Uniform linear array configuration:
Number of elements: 32
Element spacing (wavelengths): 0.25
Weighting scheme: uniform
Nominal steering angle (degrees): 15
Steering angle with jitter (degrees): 13.27
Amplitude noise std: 0.05
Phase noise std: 0.05

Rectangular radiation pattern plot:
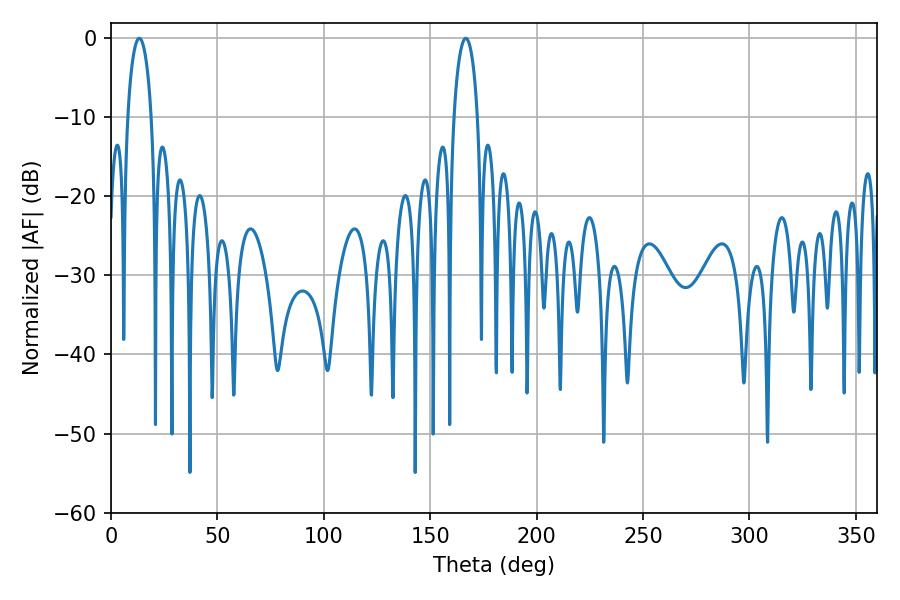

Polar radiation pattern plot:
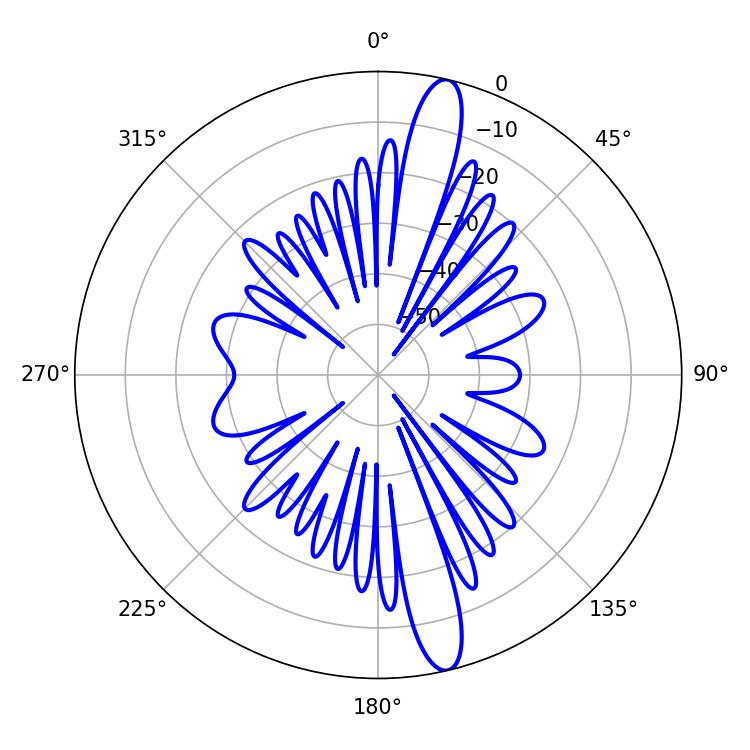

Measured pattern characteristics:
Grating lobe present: FALSE
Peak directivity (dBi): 15.447
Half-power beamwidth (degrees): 6.48
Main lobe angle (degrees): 13.32